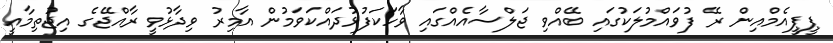
ޕީޕީއެމްއިން ރޭ ފުވައްމުލަކުގައި ބޭއްވި ޖަލްސާއެއްގައި ވާހަކަފުޅުދައްކަވަމުން އާމިރު ވިދާޅުވީ ރާއްޖޭގެ އިޖުތިމާއީ